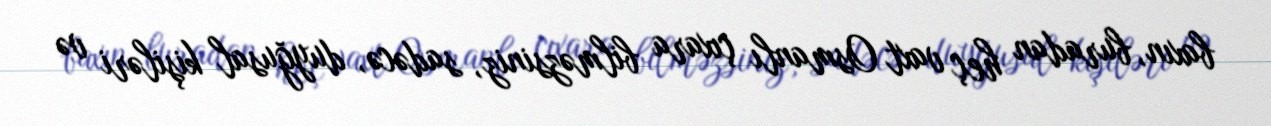
baxın, buradan heç vaxt Osmanlı çıxara bilməzsiniz, sadəcə, duyğusal kişiləri və